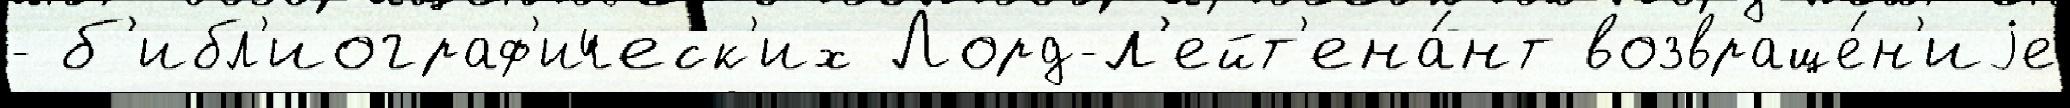
- б'ибл'иограф'ическ'их Лорд-л'ейт'ена́нт возвраще́н'иjе